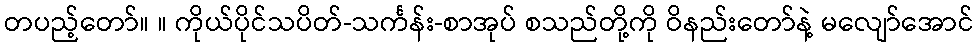
တပည့်တော်။ ။ ကိုယ်ပိုင်သပိတ်-သင်္ကန်း-စာအုပ် စသည်တို့ကို ဝိနည်းတော်နဲ့ မလျော်အောင်